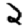
Digit: 2